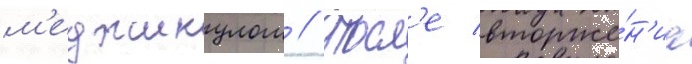
м'еджикулом // Посл'е вторже́н'иа